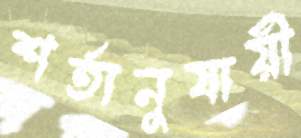
শর্তানুযায়ী